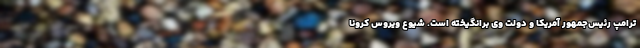
ترامپ رئیس‌جمهور آمریکا و دولت وی برانگیخته است. شیوع ویروس کرونا